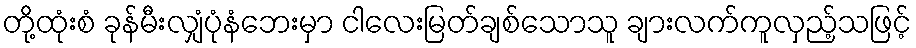
တို့ထုံးစံ ခုန်မီးလျှံပုံနံဘေးမှာ ငါလေးမြတ်ချစ်သောသူ ချားလက်ကူလှည့်သဖြင့်